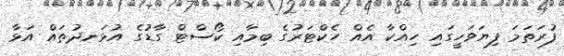
ފުރަތަމަ ފިޔަވަހީގައި ހިއްކާ އެއް ހެކްޓަރުގެ ބިމާއި ކޯސްޓް ގާޑުގެ އުޅަނދުތައް އަޅާ